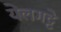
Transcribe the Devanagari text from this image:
येलगट्टे